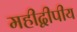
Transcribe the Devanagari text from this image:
महीद्वीपीय